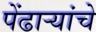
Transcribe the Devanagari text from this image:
पेंढाऱ्यांचे